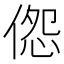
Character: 𪝔